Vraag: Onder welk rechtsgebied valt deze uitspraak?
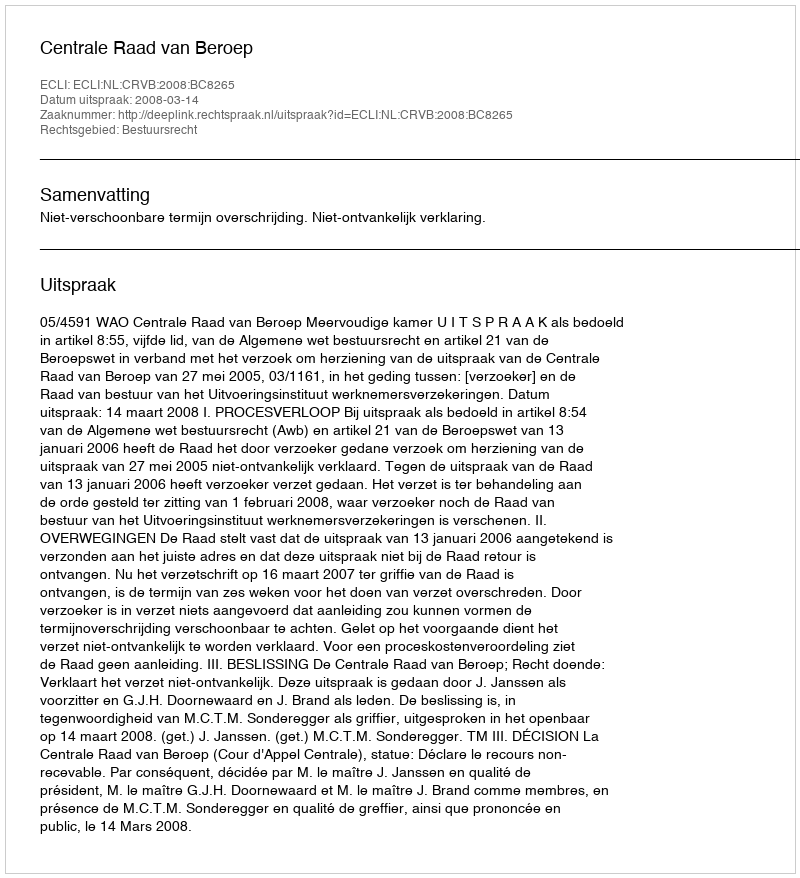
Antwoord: Bestuursrecht